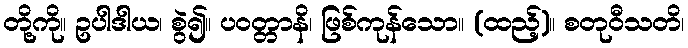
တို့ကို။ ဥပါဒါယ၊ စွဲ၍။ ပဝတ္တာနိ၊ ဖြစ်ကုန်သော။ (ထည့်)။ စတုဝီသတိ၊